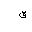
Letter: _qaf